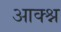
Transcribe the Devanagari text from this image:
आक्श्न